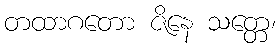
တထာဂတော ဇိနေ သတ္တေ၊